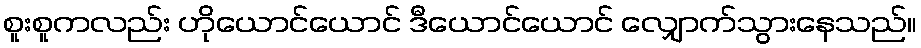
စူးစူကလည်း ဟိုယောင်ယောင် ဒီယောင်ယောင် လျှောက်သွားနေသည်။